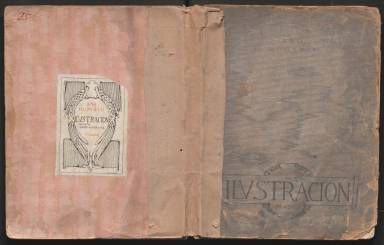
Título: Almanaque de Ilustración
Otros títulos: Almanaque de Ilustración
Colección: Arte || Literatura || Almanaques
Ámbito geográfico: Madrid
Lugar de publicación: Madrid
Fechas: 01/01/1917-31/12/1917